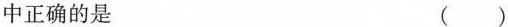
中正确的是 ()